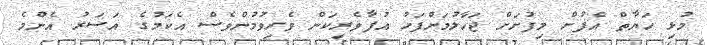
މުޅި ހަޔާތް އެފުށް މިފުށަށް ޖަހާލުމަށްފަހު އުފާވެރިކަން ވެރިވުމުންވެސް އެކަމުގެ އަސަރު އެންމެ